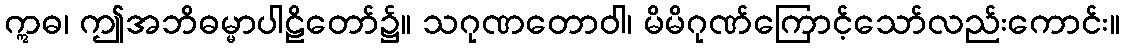
ဣဓ၊ ဤအဘိဓမ္မာပါဠိတော်၌။ သဂုဏတောဝါ၊ မိမိဂုဏ်ကြောင့်သော်လည်းကောင်း။